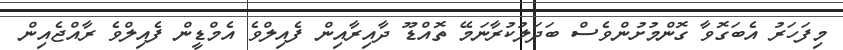
މިފަހަރު އެބަގޮވާ ގޮންމުށުންވެސް ބަދަލުކުރާނަމޭ ތޮއްޑޫ ދާއިރާއިން ފެއިލްވެ އެމްޑީން ފެއިލްވެ ރާއްޖެއިން